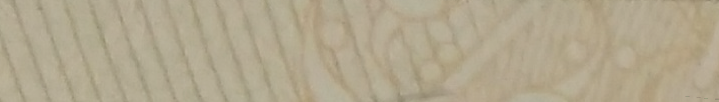
شركة التكنولوجيا: حلول بر